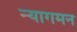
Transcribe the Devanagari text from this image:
न्यागमन